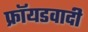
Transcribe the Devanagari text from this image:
फ्रॉयडवादी